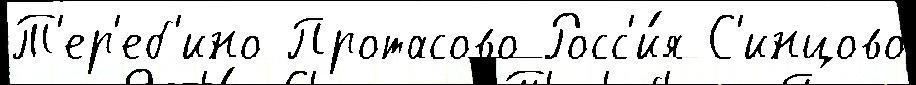
Т'ер'еб'ино Протасово Росс'и́я С'инцово